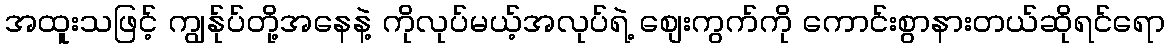
အထူးသဖြင့် ကျွန်ုပ်တို့အနေနဲ့ ကိုလုပ်မယ့်အလုပ်ရဲ့ စျေးကွက်ကို ကောင်းစွာနားတယ်ဆိုရင်ရော